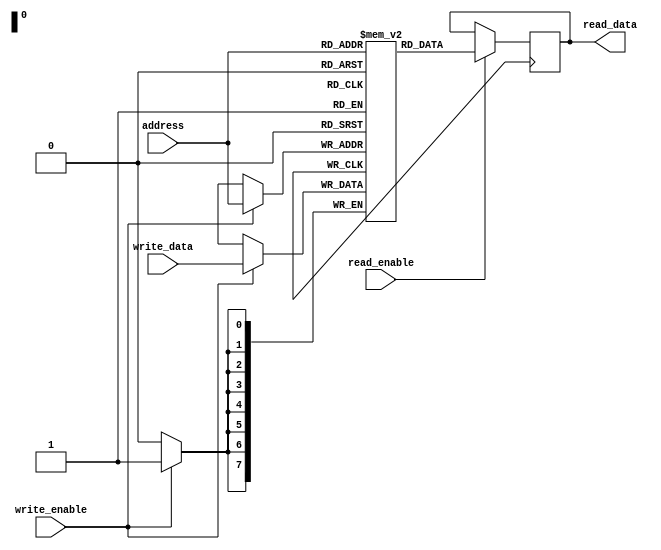
module single_port_register_file(
    input wire [7:0] address,
    input wire write_enable,
    input wire [7:0] write_data,
    input wire read_enable,
    output reg [7:0] read_data
);

reg [7:0] registers [0:255];

always @ (posedge clk) begin
    if (write_enable) begin
        registers[address] <= write_data;
    end
    
    if (read_enable) begin
        read_data <= registers[address];
    end
end

endmodule